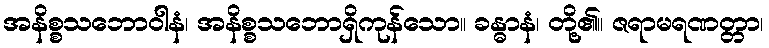
အနိစ္စသဘောဝါနံ၊ အနိစ္စသဘောရှိကုန်သော။ ခန္ဓာနံ၊ တို့၏။ ဇရာမရဏတ္တာ၊